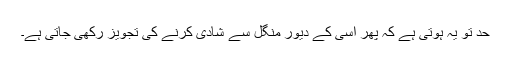
حد تو یہ ہوتی ہے کہ پھر اسی کے دیور منگل سے شادی کرنے کی تجویز رکھی جاتی ہے۔